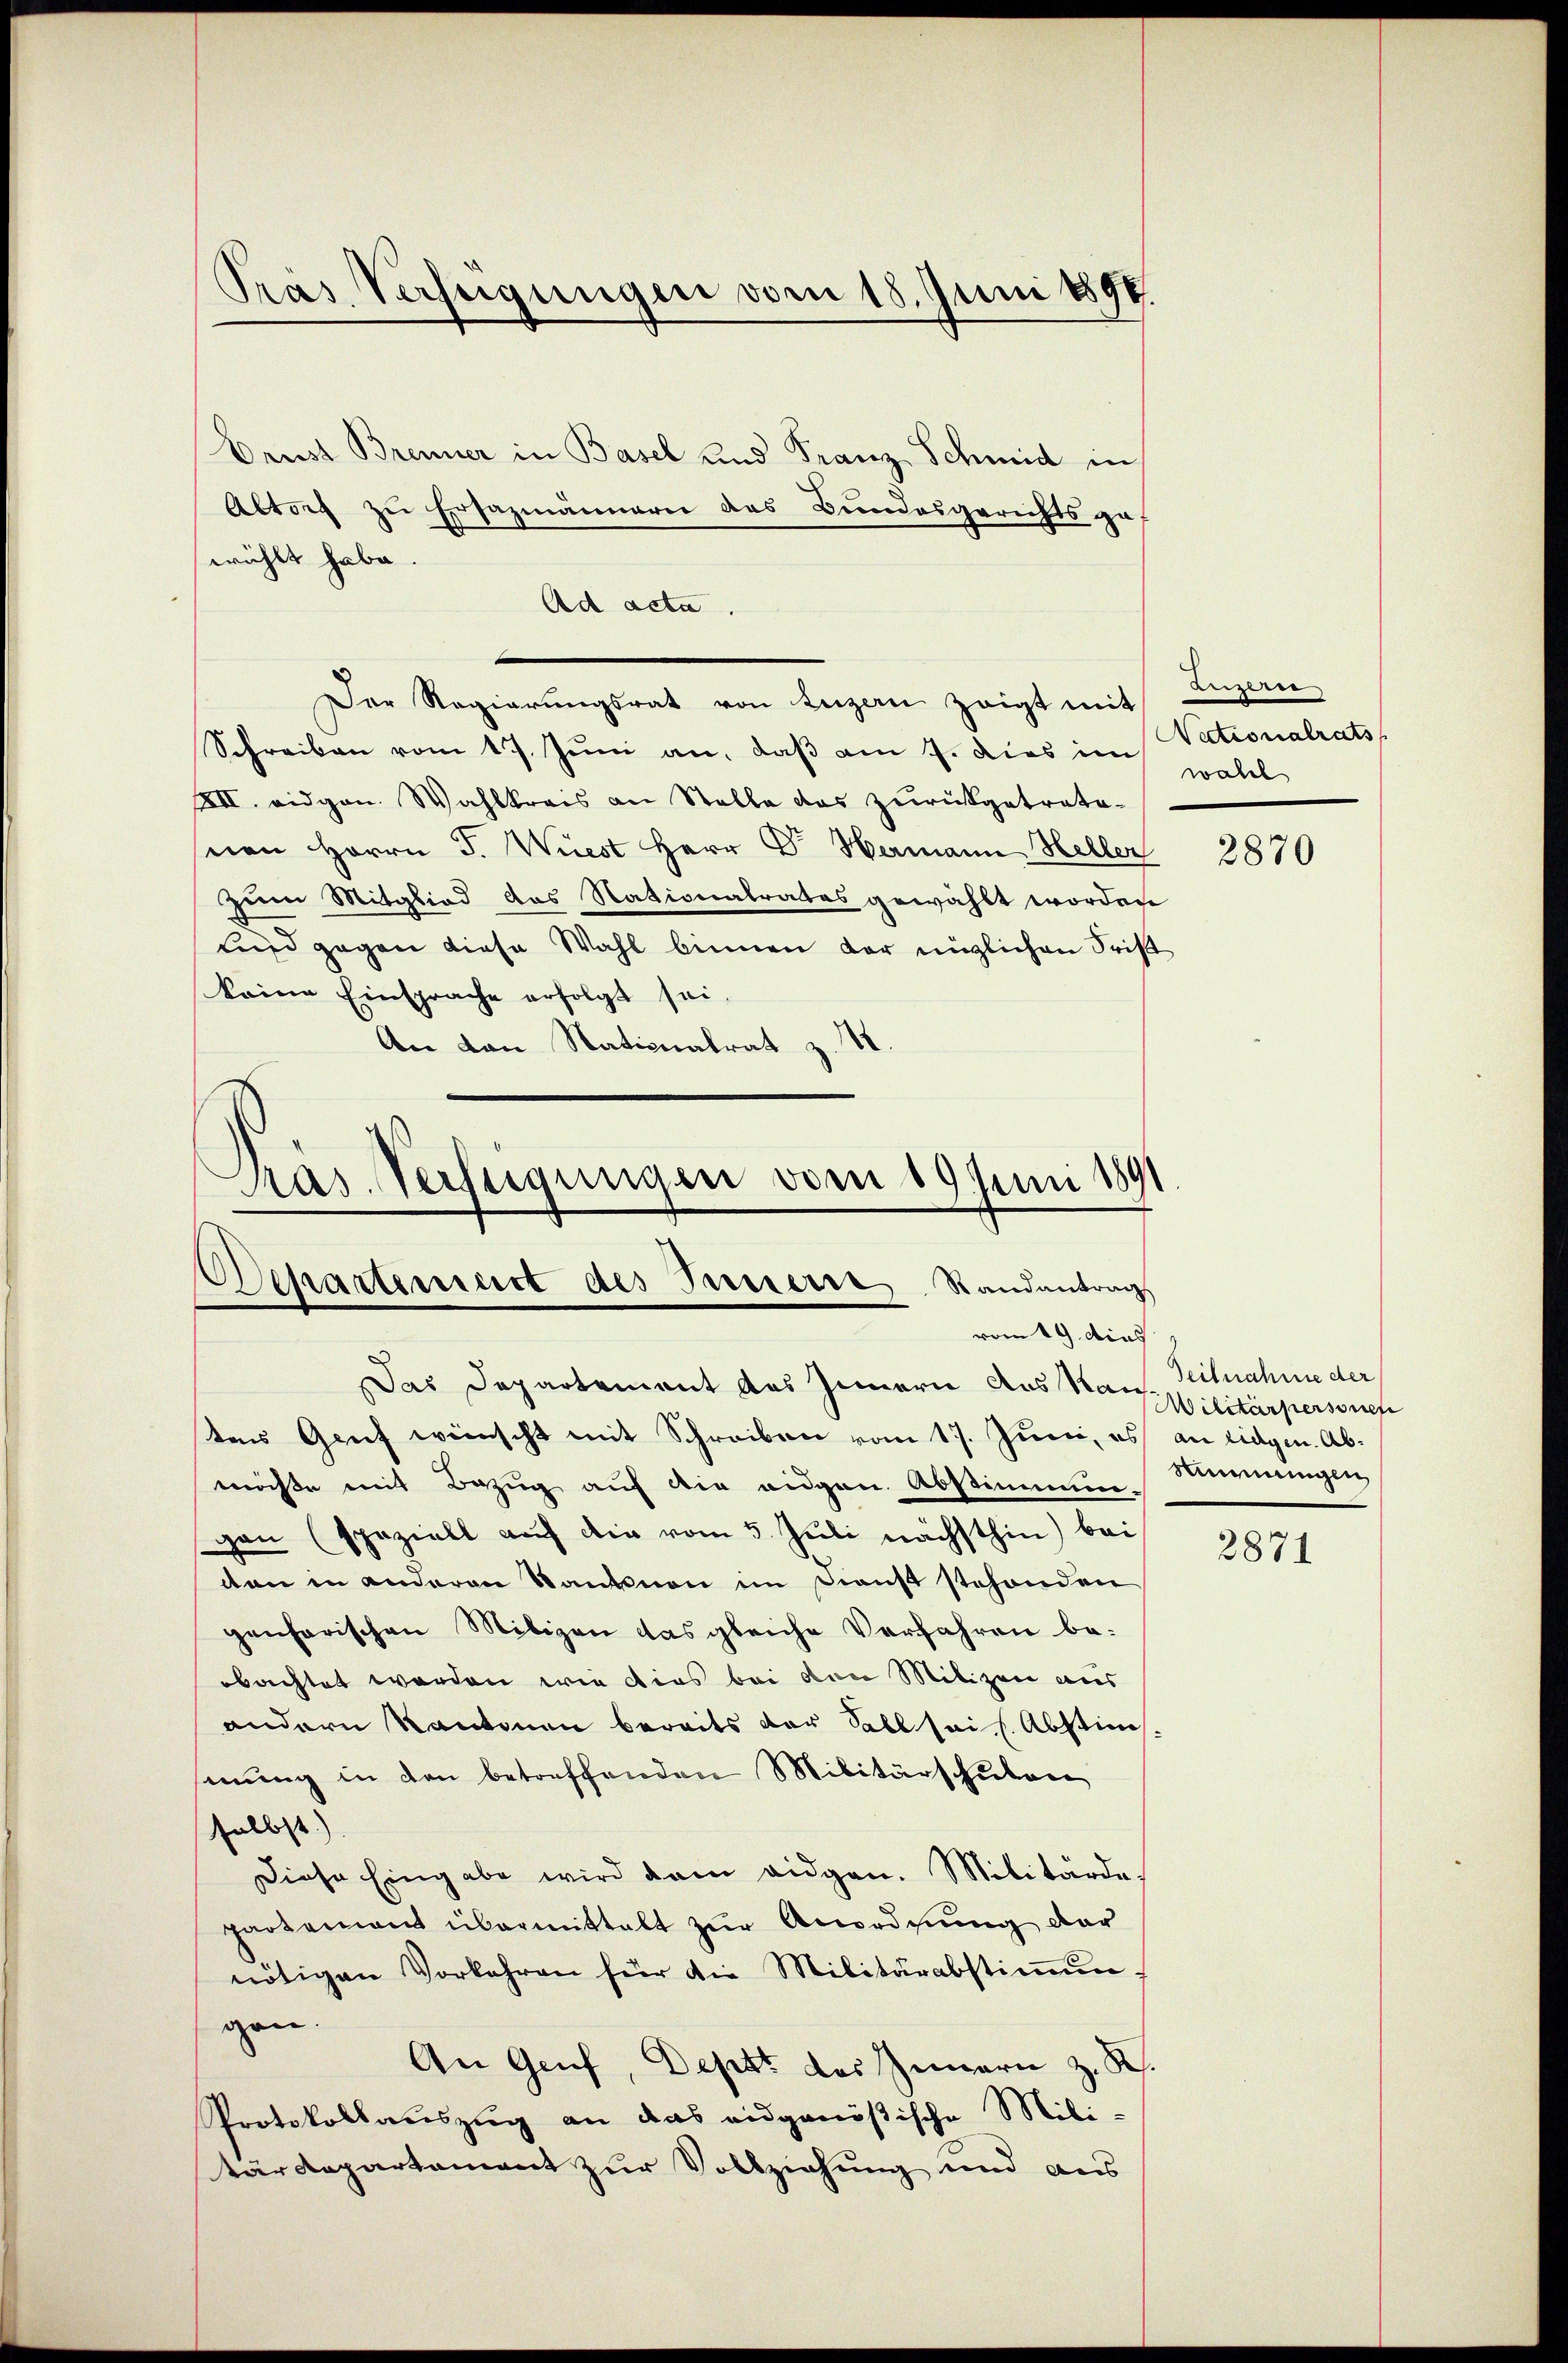
Pras Verfügungen vom 18. Juni 1890.

Drust Brenner in Basel und Franz Schmid in
Altorf zu Ersazmännern des Bundesgerichts ga
wühlt habe.
Ad acta.
Der Regierŭngsrat von Luzern zeigt mit
Schreiben vom 17. Juni an, daß am 7. dies im Nationalrats
XII. eidgen. Wahlkreis an Stelle das zŭrückgetrate-
von Herrn J. Wiest Herr Dr. Hermann Heller
zum Mitglied das Nationalrates gewählt worden
und gegen diese Wahl binnen der nüglichen Frist
keine Einsprache erfolgt sei,
An von Nationalrat z. T
Pras. Verfügungen vom 19. Juni 1891
Departenicirt des Passerre Randantrag

vom 19. dies

Das Departement das Innern aus San. Teilnahme der
tens Genf wünscht mit Schreiben vom 17. Juni, es an Eidgen. Abmöchte mit Bezug auf die eidgen. Abstimmungen (speziell auf die vom 5. Juli nächsthin) bei
on in anderen Kanton im Dienst stehenden
genharischen Milizen das gleiche Verfahren beobachtet worden wie dies bei den Milizei aus
andern Kantonen bereits der Fall sei s. Abstimmung in den betreffenden Militärschulen
selbst.)
Diese Eingabe wird dem eidgen. Militärde.
partement übermittalt zŭr Anordnung der
nötigen Vorkehren für die Militärabstiṁŭn-
gen.
An Genf, Depot des Zemern z. R.
Protokollauszug an das eidgenößische Mili-
tärdepartement zur Vollziehung und aus

Beizier
wahl

2870

Militärpersonen
Stimmungen

2871